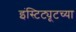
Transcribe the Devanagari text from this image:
इंस्टिट्यूटच्या